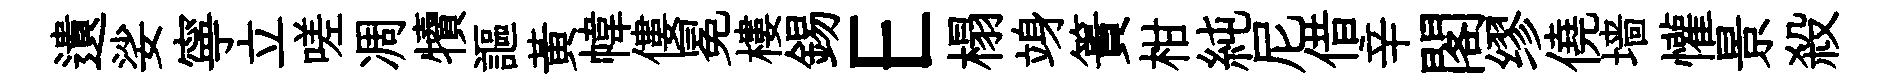
遺娑寧立嗟凋犢謳黃幃僂冕樓錫E榻竧簣柑純尼借辛閣缪僥墙懽景殺